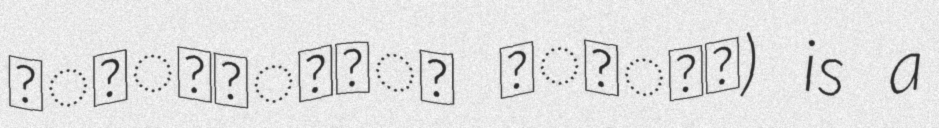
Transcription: ফ্রেন্ডর্স ক্লাব) is a